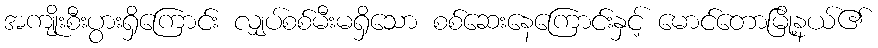
အကျိုးစီးပွားရှိကြောင်း လျှပ်စစ်မီးမရှိသော စစ်ဆေးနေကြောင်းနှင့် မောင်တောမြို့နယ်၏